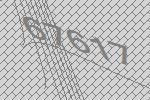
67617